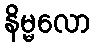
နိမ္မလော